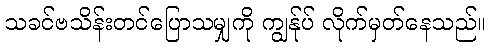
သခင်ဗသိန်းတင်ပြောသမျှကို ကျွန်ုပ် လိုက်မှတ်နေသည်။